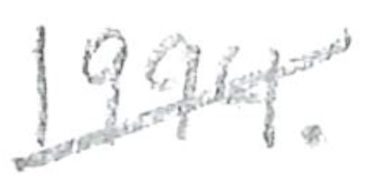
Text: 1994.
Cross-out: diagonal
Writing tool: pencil